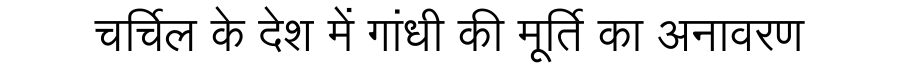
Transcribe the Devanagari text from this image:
चर्चिल के देश में गांधी की मूर्ति का अनावरण